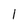
Character: 1